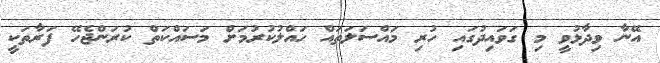
އޭނާ ވިދާޅުވީ މި ގަވައިދުގައި ހުރި މައްސަލަތައް ހައްލުކުރުމަށް މަސައްކަތް ކުރަންޖެހޭ ފަރާތަކީ